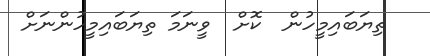
ތިޔަބައިމީހުން  ކޮށް  ވީނަމަ ތިޔަބައިމީހުންނަށް